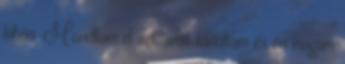
lábán. Mondtam el azt, amit tanultam és én magam